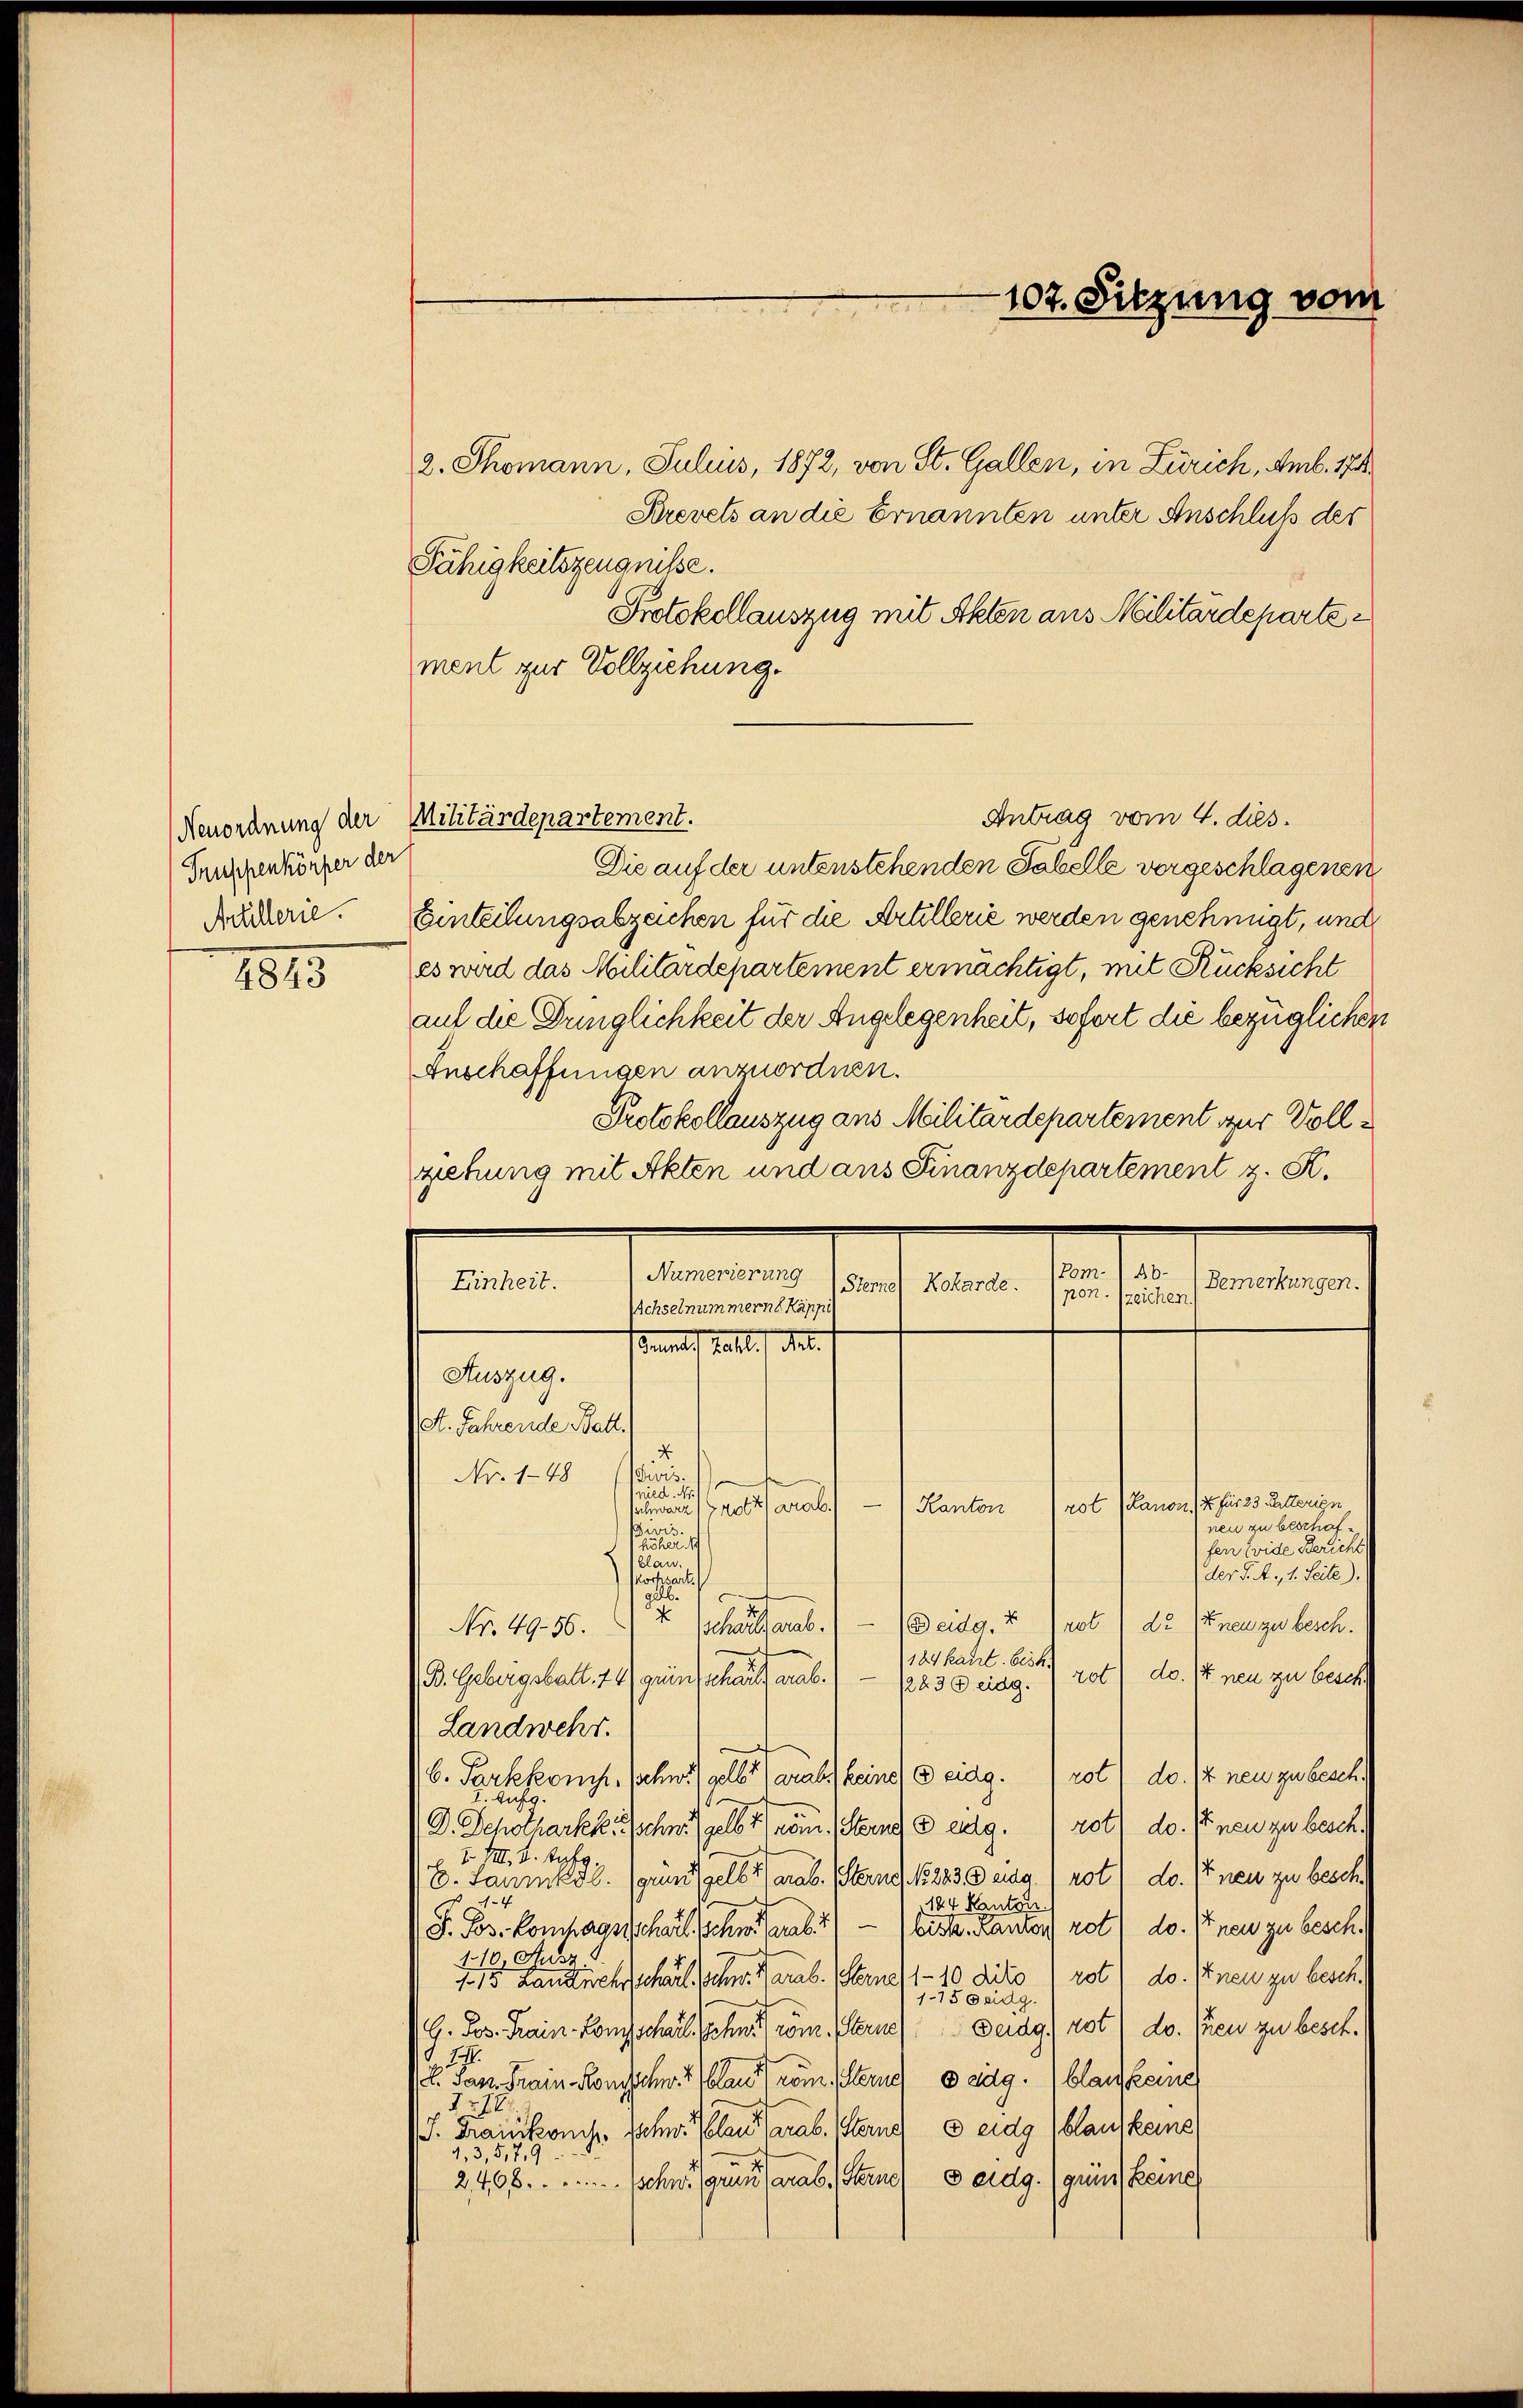
Fnuspenkörper der
Artillerie.

2. Thomann, Julius, 1872, von St. Gallen, in Zürich, Amb. 171
Brevets an die Ernannten unter Anschluß des
Fähigkeitszeugnisse.
Protokollauszug mit Akten aus Militärdepartement zur Vollziehung.
Antrag vom 4. dies.
Die auf der unterstehenden Tabelle vorgeschlagenen
Einteilungsabzeichen für die Artillerie werden genehmigt, und
11 es wird das Militärdepartement ermächtigt, mit Rücksicht
auf die Dringlichkeit der Angelegenheit, sofort die bezüglichen
Anschaffungen anzuordnen.
Protokollauszug aus Militärdepartement zur Vollziehung mit Akten und aus Finanzdepartement z. R.
anten
Numerierung
Einheit.
Sterne) Koharde.
Achselnummern Käppi
nrath hatte des
Auszug.
A. Jahrende Batt.
4
wis.
Nr. 148
e
nied. Nr.
rot (Kanon) u. für 23. Ratterign
schwarz Grotz arab.) — Kanton
neu zu beschaf¬
Bivis.
höherisch
fen wide Bericht
.
blan.
der J. A. 1. Seite).
orfpart
.
d (neu zu besch.
schaft ab. — Weidg. & 1100
Nr. 4956.
.
184 kant. bist.
rot“ do. 17 neu zu besch
B. Gebirgsbalt. 74 gunstehen
1223 B eidg.
Landwehr.
rot) do. 14 neu zu besch.
b. Parkkonf. Schnet selbst der eine eidg.
Aufg.
1
rot) do. Inen zu besch
D. Schotharkk. Schnell              5 dkg.
F. VIII. 2. Aufg
E. Sammlg. (Grund gelb der Sterner 1883 eina) rot) do. Er neu zu besch
1
144 Kanton
bist. Kanton rot) do. Er neu zu besch.
F. Jos. Kontagsschwil sehen Grab
110 Ausz
1. 15. Landischschaft sehr here Sterne 1 - 10 dito rot) do. Pneu zu besch.
1150 eidg.
(G. Jos. Train-Langschaft, Sohn ein Etten Deidg) rot, do. Treu zu besch.
77.
l. das Train Konsschn 7 laut vom Sterne eidg. (blau keine
278.
J. Braunkonis fahr. Plan arab. Sterne eidg (blaufkeine
9,3,5,79
2408. Schw. genannte es sera Steine eidg. (gund keine

Neuordnung der Militärdepartement.

107. Sitzung vom

Bemerkungen.
pon. zeichen.